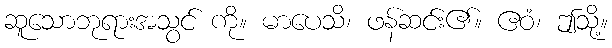
ဆူသောဘုရားအသွင် ကို။ မာပေသိ၊ ဖန်ဆင်း၏။ ဧဝံ၊ ဤသို့။